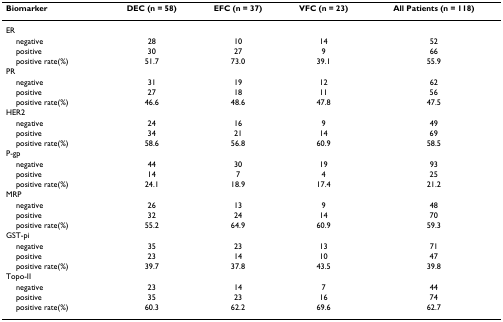
| Biomarker | DEC (n = 58) | EFC (n = 37) | VFC (n = 23) | All Patients (n = 118) |
 | --- | --- | --- | --- | --- |
 | ER |  |  |  |  |
 | negative | 28 | 10 | 14 | 52 |
 | positive | 30 | 27 | 9 | 66 |
 | positive rate(%) | 51.7 | 73.0 | 39.1 | 55.9 |
 | PR |  |  |  |  |
 | negative | 31 | 19 | 12 | 62 |
 | positive | 27 | 18 | 11 | 56 |
 | positive rate(%) | 46.6 | 48.6 | 47.8 | 47.5 |
 | HER2 |  |  |  |  |
 | negative | 24 | 16 | 9 | 49 |
 | positive | 34 | 21 | 14 | 69 |
 | positive rate(%) | 58.6 | 56.8 | 60.9 | 58.5 |
 | P-gp |  |  |  |  |
 | negative | 44 | 30 | 19 | 93 |
 | positive | 14 | 7 | 4 | 25 |
 | positive rate(%) | 24.1 | 18.9 | 17.4 | 21.2 |
 | MRP |  |  |  |  |
 | negative | 26 | 13 | 9 | 48 |
 | positive | 32 | 24 | 14 | 70 |
 | positive rate(%) | 55.2 | 64.9 | 60.9 | 59.3 |
 | GST-pi |  |  |  |  |
 | negative | 35 | 23 | 13 | 71 |
 | positive | 23 | 14 | 10 | 47 |
 | positive rate(%) | 39.7 | 37.8 | 43.5 | 39.8 |
 | Topo-II |  |  |  |  |
 | negative | 23 | 14 | 7 | 44 |
 | positive | 35 | 23 | 16 | 74 |
 | positive rate(%) | 60.3 | 62.2 | 69.6 | 62.7 |